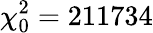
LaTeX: \chi_{0}^{2}=211734